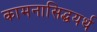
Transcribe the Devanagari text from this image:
कामनासिद्धयर्थ